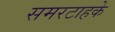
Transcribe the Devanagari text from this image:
समरटाहके